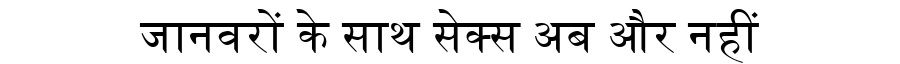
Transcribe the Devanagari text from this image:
जानवरों के साथ सेक्स अब और नहीं